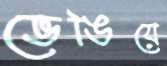
ভেঙিয়ে